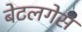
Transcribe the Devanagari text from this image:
बेटलगेस